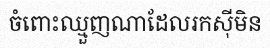
ចំពោះឈ្មួញណាដែលរកស៊ីមិន